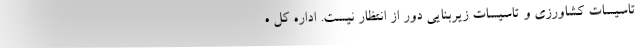
تاسیسات کشاورزی و تاسیسات زیربنایی دور از انتظار نیست. اداره کل ه